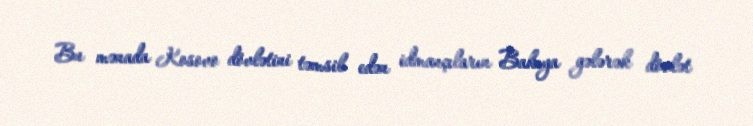
Bu mənada Kosovo dövlətini təmsil edən idmançıların Bakıya gələrək dövlət